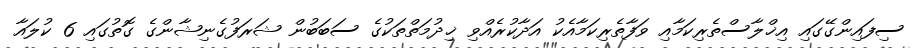
ސިފައިންގޭގައި އިޚްލާސްތެރިކަމާއި ވަފާތެރިކަމާއެކު އަދާކުރެއްވި ޚިދުމަތްތަކުގެ ސަބަބުން ޝަރަފުގެނިޝާންގެ ގޮތުގައި 6 ކުލައާ